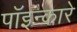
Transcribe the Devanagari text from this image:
पॉइन्कारे